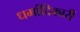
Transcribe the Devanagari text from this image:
धर्मादिकारी